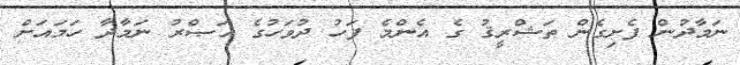
ނަމާދުން ފެށިގެން ތަޝްރީޤު ގެ އެންމެ ފަހު ދުވަހުގެ އަޞްރު ނަމާދާ ހަމައަށް